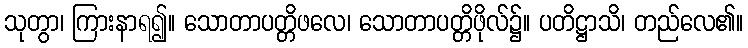
သုတွာ၊ ကြားနာရ၍။ သောတာပတ္တိဖလေ၊ သောတာပတ္တိဖိုလ်၌။ ပတိဋ္ဌာသိ၊ တည်လေ၏။